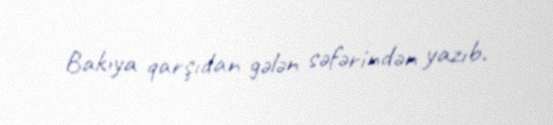
Bakıya qarşıdan gələn səfərindən yazıb.